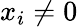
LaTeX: x_{i}\neq 0